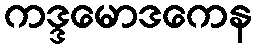
ကဒ္ဒမောဒကေန